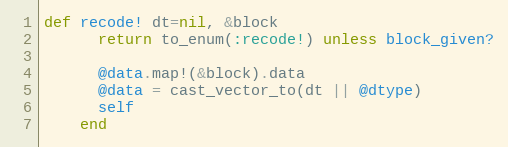
Language: Ruby
def recode! dt=nil, &block
      return to_enum(:recode!) unless block_given?

      @data.map!(&block).data
      @data = cast_vector_to(dt || @dtype)
      self
    end